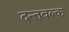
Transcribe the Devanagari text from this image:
दन्तवल्क